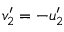
v _ { 2 } ^ { \prime } = - u _ { 2 } ^ { \prime }